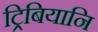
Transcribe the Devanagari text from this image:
ट्रिबियानि